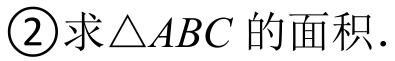
\textcircled{2}求\(\triangle ABC\)的面积.